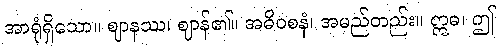
အာရုံရှိသော။ ဈာနဿ၊ ဈာန်၏။ အဓိဝစနံ၊ အမည်တည်း။ ဣဓ၊ ဤ